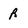
Character: R